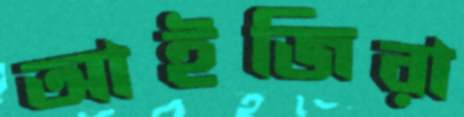
আইজিরা